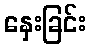
နှေးခြင်း